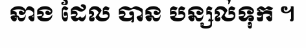
នាង ដែល បាន បន្សល់ទុក ។